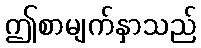
ဤစာမျက်နှာသည်